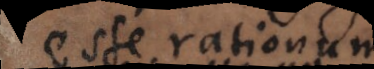
esse rationum